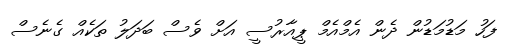
ފަހު މަޑުމަޑުން ދެން އެމްއެމް ޕީއާރުސީ އަށް ވެސް ބަދަލު ތަކެއް ގެނެސް